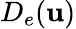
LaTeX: D_{e}(\mathbf u)